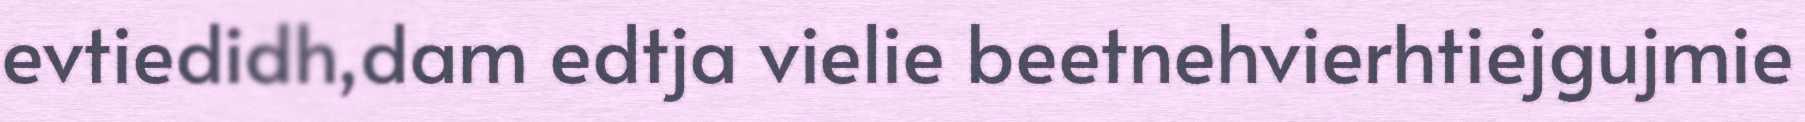
evtiedidh,dam edtja vielie beetnehvierhtiejgujmie